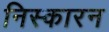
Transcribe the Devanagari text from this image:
निस्कारन